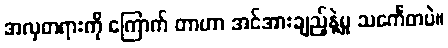
အလှတရားကို ကြောက် တာဟာ အင်အားချည့်နဲ့မှု သင်္ကေတပဲ။